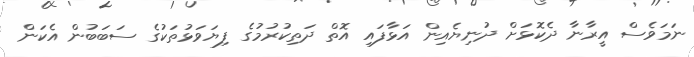
ނަމަވެސް އީރާނާ ދެކޮޅަށް ދުނިޔެއިން އަޅާފައި އޮތް ދަތިކުރުމުގެ ފިޔަވަޅުތަކުގެ ސަބަބުން އެކަން